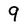
Character: 9